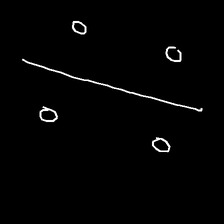
Glyph: cool